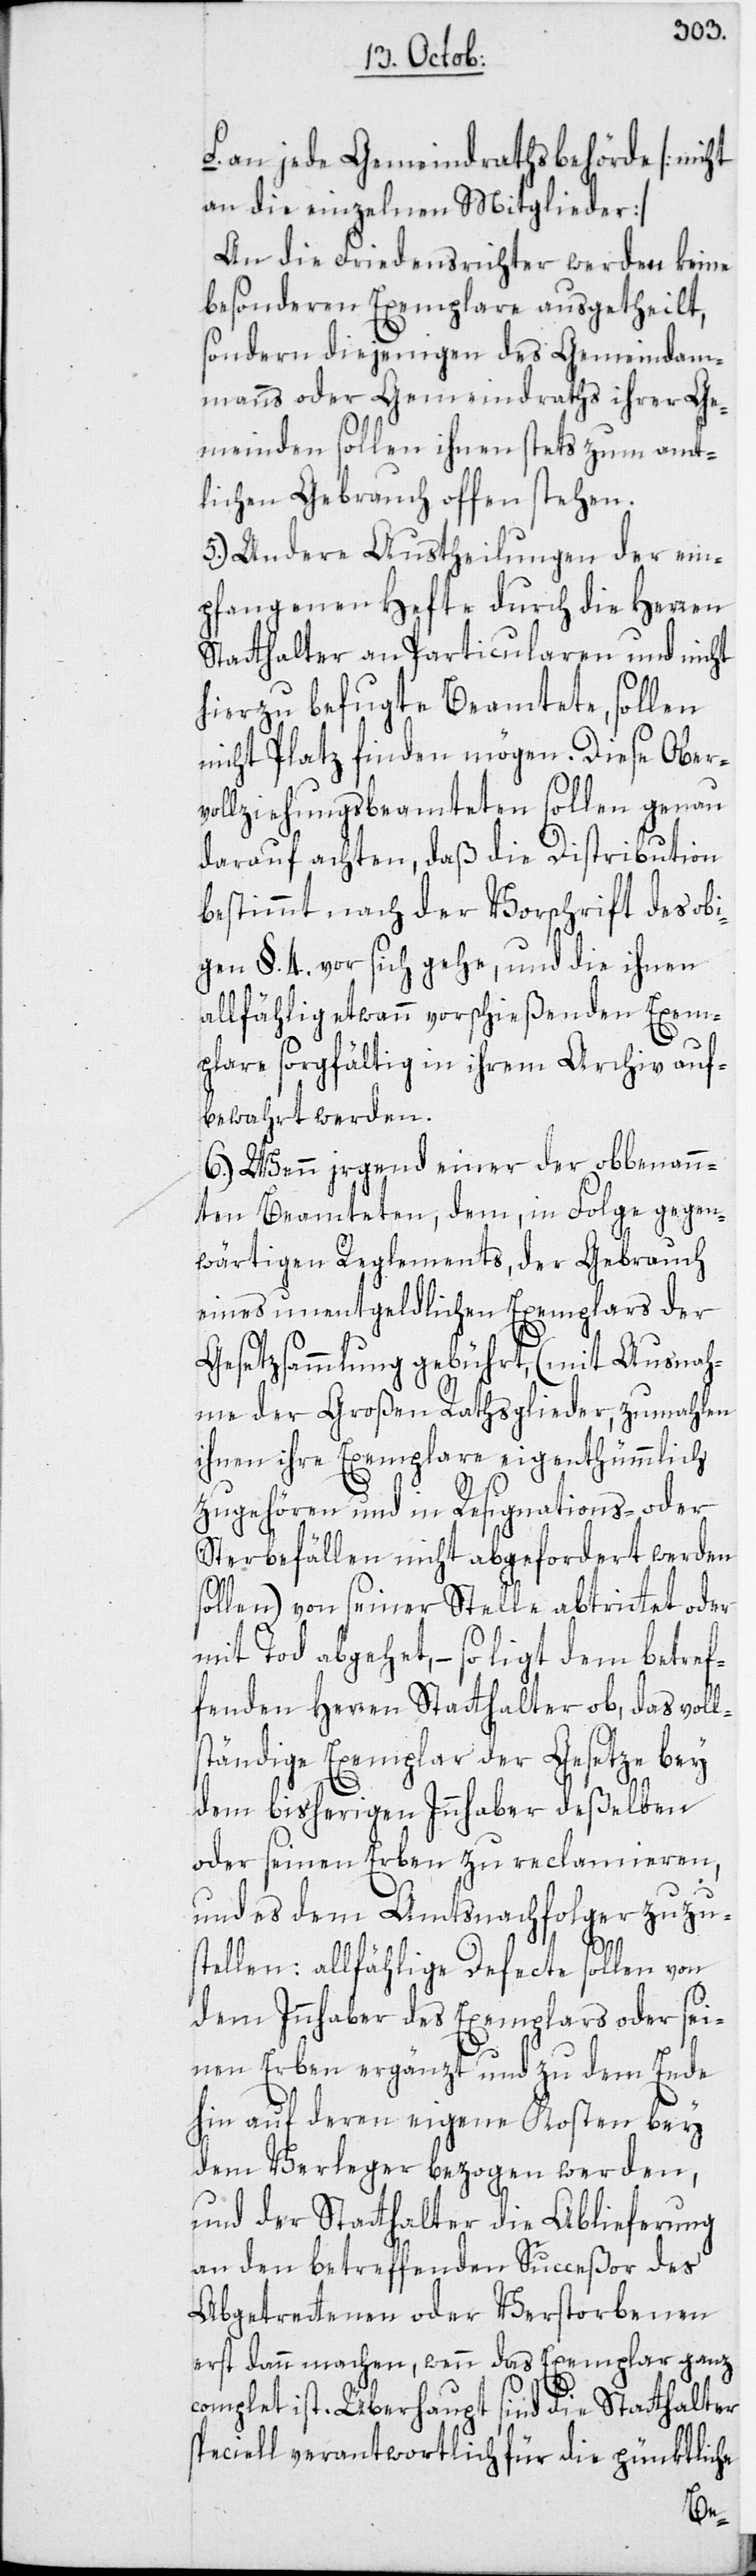
an jede Gemeindrathsbehörde [nicht
an die einzelnen Mitglieder]
An die Friedensrichter werden keine
besonderen Exemplare ausgetheilt,
sondern diejenigen des Gemeindam¬
manns oder Gemeindraths ihrer Ge¬
meinden sollen ihnen stets zum amt¬
lichen Gebrauch offen stehen.
5.) Andere Austheilungen der em¬
pfangenen Hefte durch die Herren
Statthalter an Particularen und nicht
hierzu befugte Beamtete, sollen
nicht Platz finden mögen. Diese Ober¬
vollziehungsbeamteten sollen genau
darauf achten, daß die Distribution
bestimmt, nach der Vorschrift des obi¬
gen §. 4. vor sich gehe, und die ihnen
allfählig etwann vorschießenden Exem¬
plare sorgfältig in ihrem Archiv auf¬
bewahrt werden.
6.) Wenn irgend einer der obbenann¬
ten Beamteten, dem, in Folge gegen¬
wärtigen Reglements, der Gebrauch
eines unentgeldlichen Exemplars der
Gesetzsammlung gebührt, (mit Ausnah¬
me der Großen Rathsglieder, zumahlen
ihnen ihre Exemplare eigenthümmlich
zugehören und in Resignations- oder
Sterbefällen nicht abgefordert werden
sollen), von seiner Stelle abtrittet oder
mit Tod abgehet, – so ligt dem betref¬
fenden Herren Statthalter ob, das voll¬
ständige Exemplar der Gesetze bey
dem bisherigen Innhaber deßelben
oder seinen Erben zu reclamieren,
und es dem Amtsnachfolger zuzu¬
stellen: allfählige Defecte sollen von
dem Innhaber des Exemplars oder sei¬
nen Erben ergänzt und zu dem Ende
hin auf deren eigene Kosten bey
dem Verleger bezogen werden,
und der Statthalter die Ablieferung
an den betreffenden Succeßor des
Abgetrettenen oder Verstorbenen
erst dann machen, wenn das Exemplar ganz
complet ist. Überhaupt sind die Statthalter
speciell verantwortlich für die pünktliche